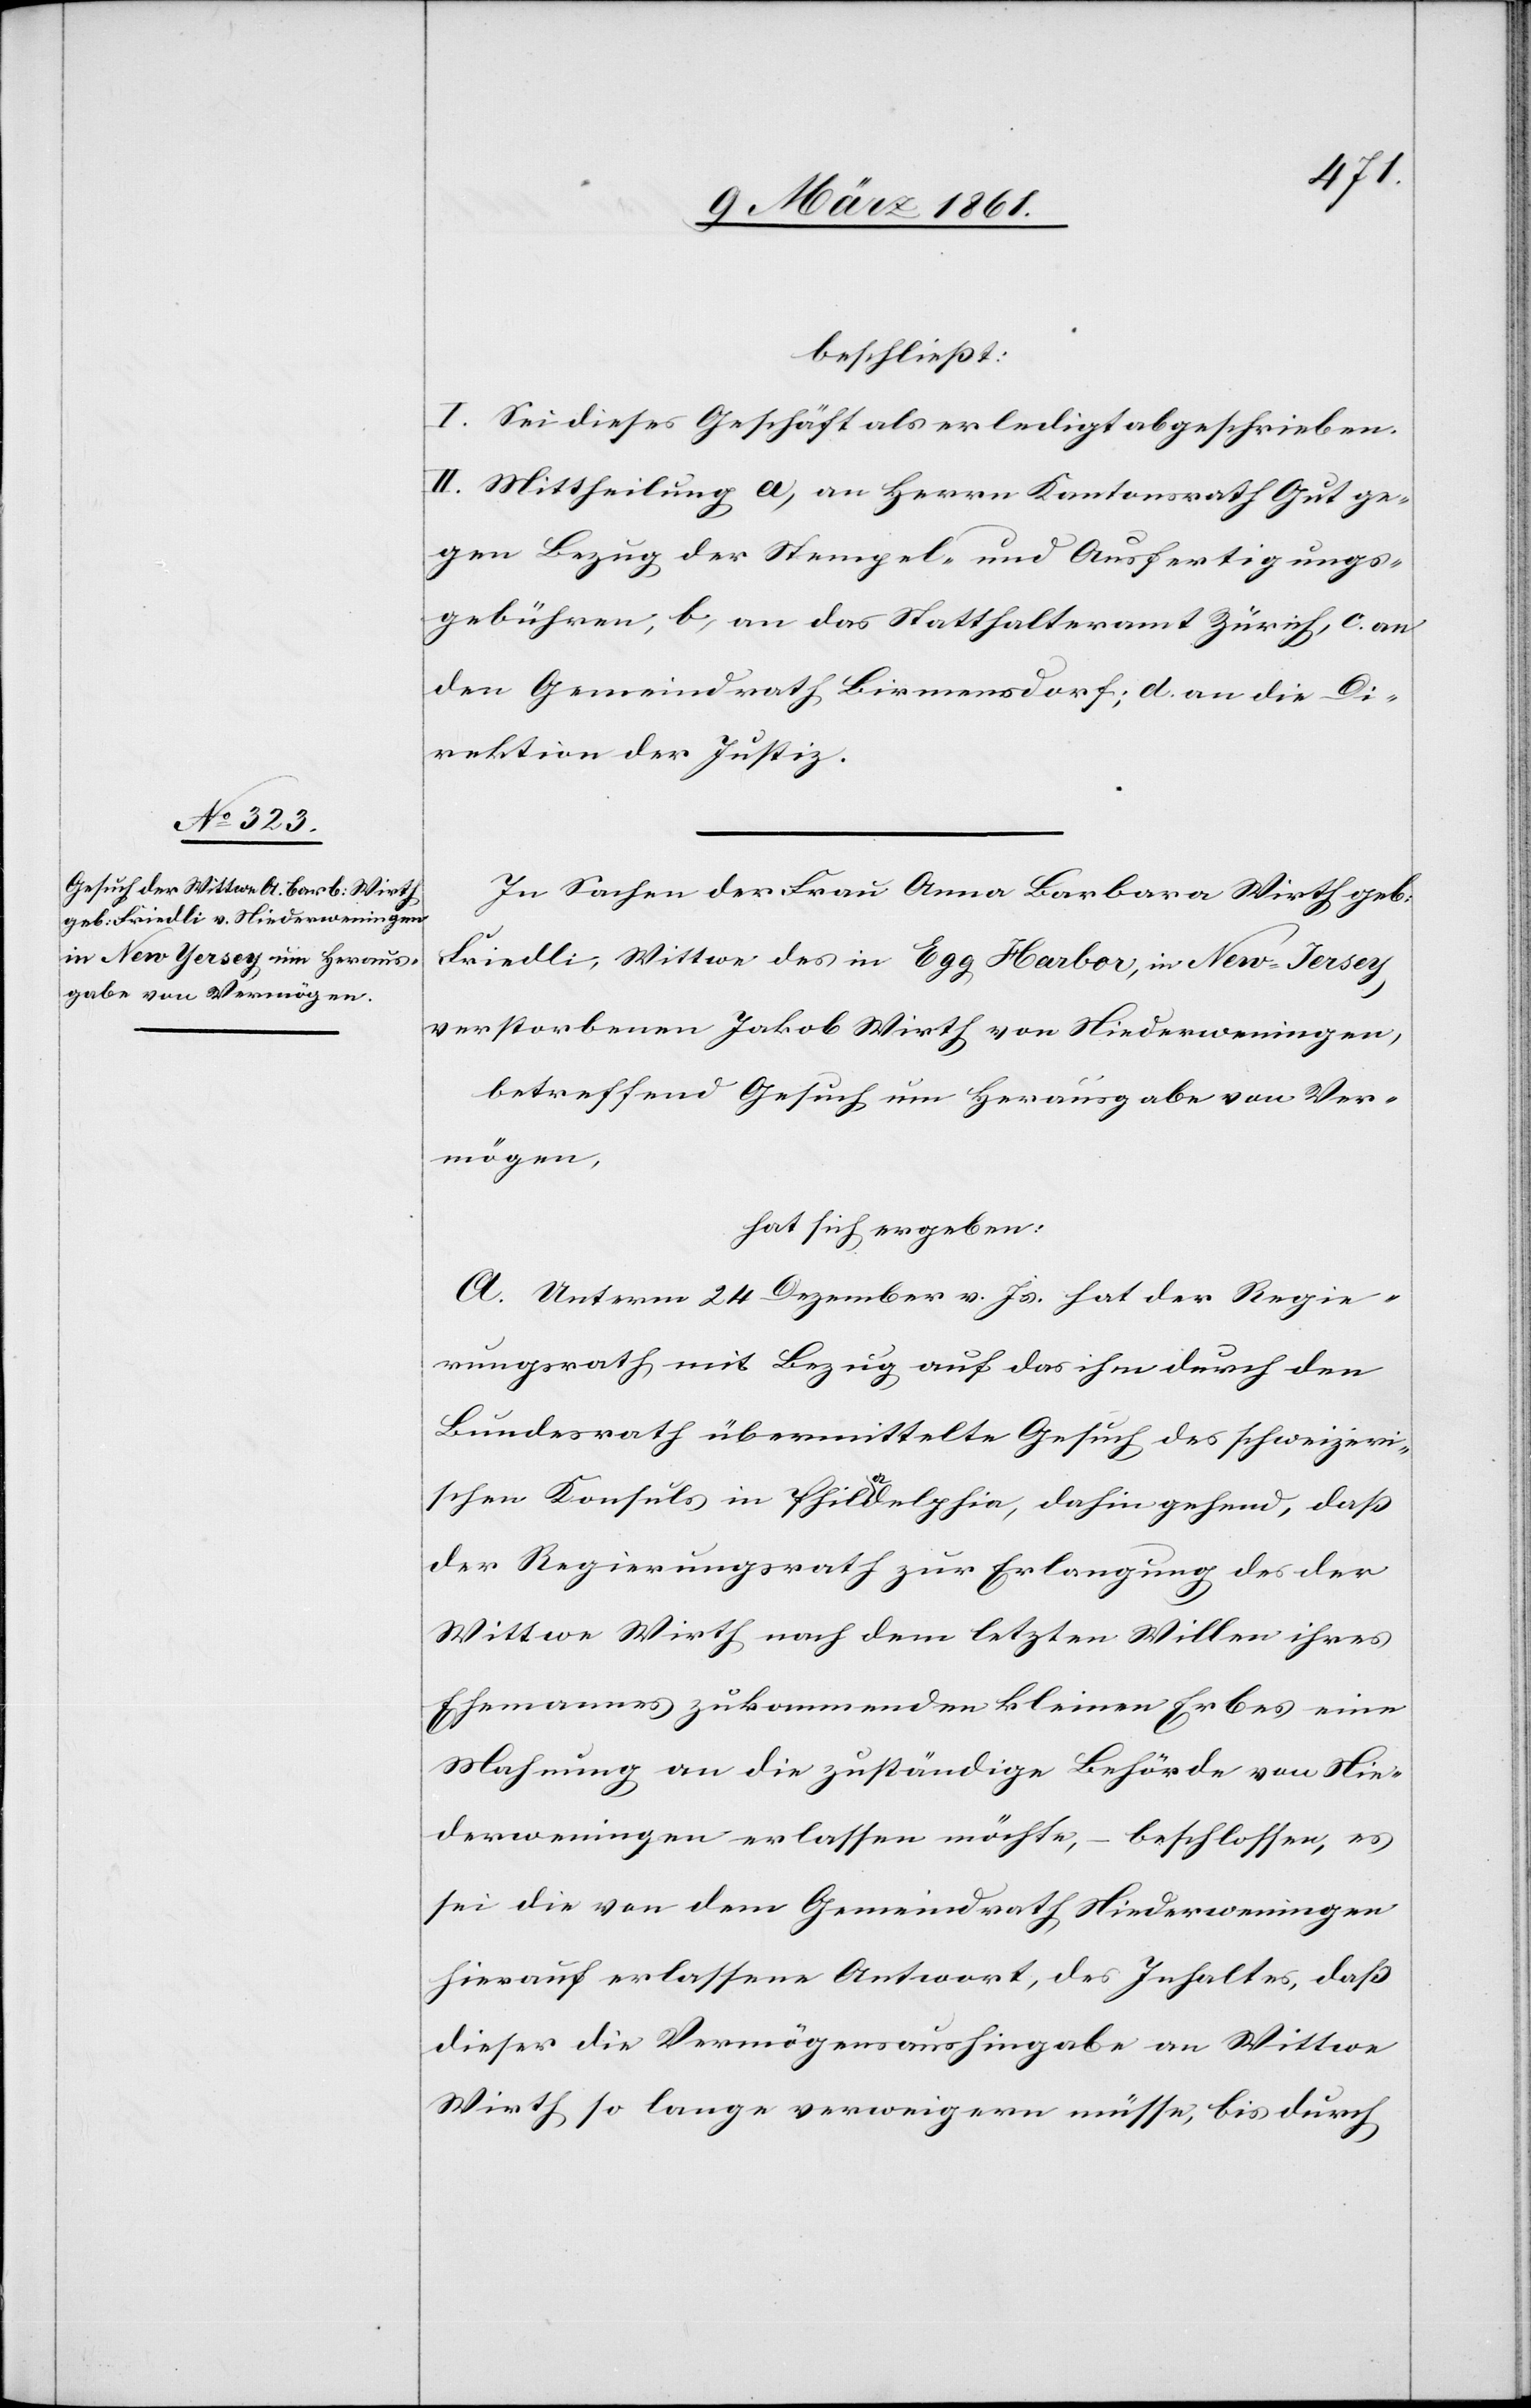
beschliesst:
I. Sei dieses Geschäft als erledigt abgeschrieben.
II. Mittheilung a) an Herrn Kantonsrath Gut ge¬
gen Bezug der Stempel- und Ausfertigungs¬
gebühren, b) an das Statthalteramt Zürich, c. an
den Gemeindrath Birmensdorf; d. an die Di¬
rektion der Justiz.
In Sachen der Frau Anna Barbara Wirth geb:
Friedli, Wittwe des in Egg Harbor, in New-Jersey,
verstorbenen Jakob Wirth von Niederweningen,
betreffend Gesuch um Herausgabe vom Ver¬
mögen,
hat sich ergeben:
A. Unterm 24 Dezember v. Js. hat der Regie¬
rungsrath mit Bezug auf das ihm durch den
Bundesrath übermittelte Gesuch des schweizeri¬
schen Konsuls in Philadelphia, dahin gehend, dass
der Regierungsrath zur Erlangung des der
Wittwe Wirth nach dem letzten Willen ihres
Ehemannes zukommenden kleinen Erbes eine
Mahnung an die zuständige Behörde von Nie¬
derweningen erlassen möchte, – beschlossen, es
sei die von dem Gemeindrath Niederwenigen
hierauf erlassene Antwort, des Inhaltes, dass
dieser die Vermögensaushingabe an Wittwe
Wirth so lange verweigern müsse, bis durch